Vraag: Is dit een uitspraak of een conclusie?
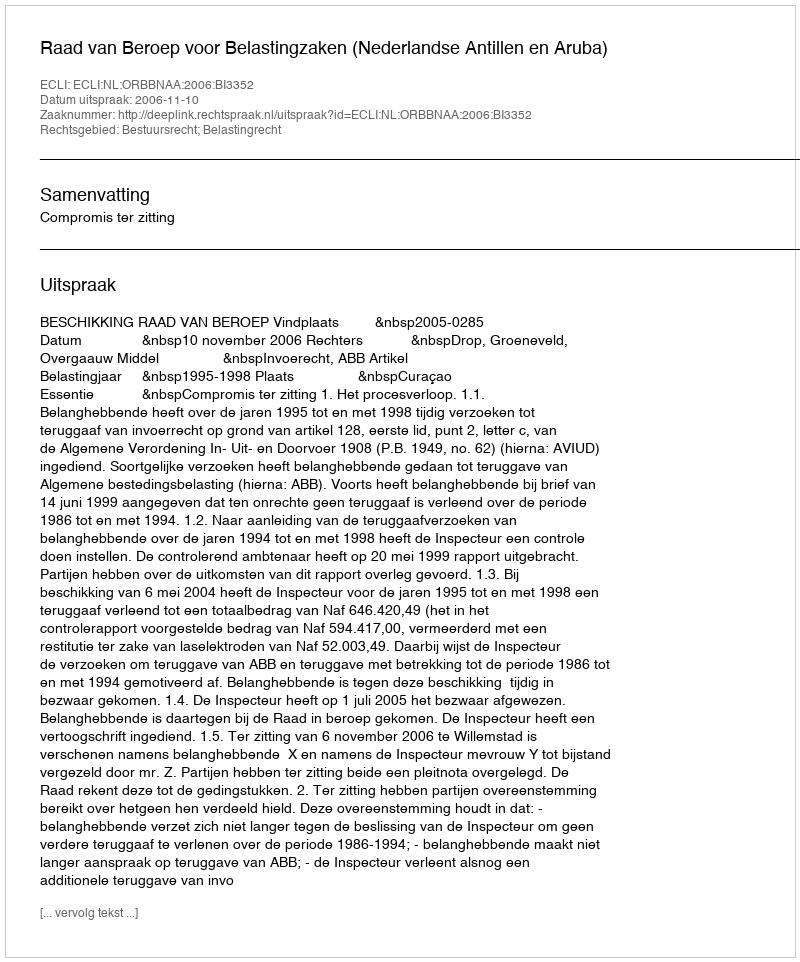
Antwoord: Uitspraak